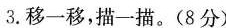
3.移一移，描一描。(8分)